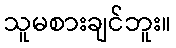
သူမစားချင်ဘူး။